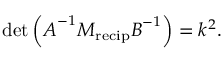
\operatorname* { d e t } \left( \boldsymbol { A } ^ { - 1 } \boldsymbol { M } _ { \mathrm { r e c i p } } \boldsymbol { B } ^ { - 1 } \right) = k ^ { 2 } .